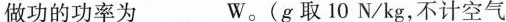
做功的功率为________W。(g取10N/kg，不计空气